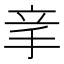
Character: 𥩝